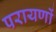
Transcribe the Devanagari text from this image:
परायणों